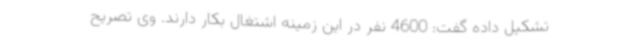
تشکیل داده گفت: 4600 نفر در این زمینه اشتغال بکار دارند. وی تصریح